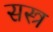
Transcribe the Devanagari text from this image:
सस्त्र